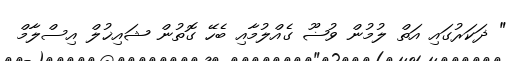
" ޛަކަރުގައި އަތް ލުމުން ވުޟޫ ގެއްލުމާއި ބެހޭ ގޮތުން ޝައިޚުލް އިސްލާމް